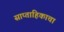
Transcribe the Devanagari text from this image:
साप्‍ताहिकाचा